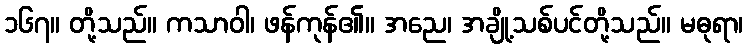
၁၆၇။ တို့သည်။ ကသာဝါ၊ ဖန်ကုန်၏။ အညေ၊ အချို့သစ်ပင်တို့သည်။ မဓုရာ၊